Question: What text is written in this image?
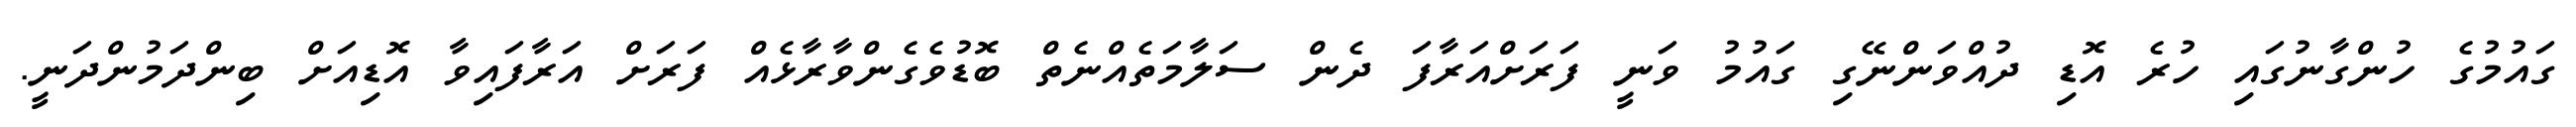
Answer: ގައުމުގެ ހުންގާނުގައި ހުރެ އޮޑި ދުއްވަންނޭގި ގައުމު ވަނީ ފަރަށްއަރާފަ ދެން ސަލާމަތެއްނެތް ބޮޑުވެގެންވާރާޅެއް ފަރަށް އަރާފައިވާ އޮޑިއަށް ބިންދަމުންދަނީ.